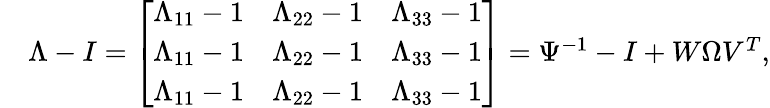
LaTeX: \begin{array}{rl}&{\Lambda-I=\left[\begin{array}{lll}{\Lambda_{11}-1}&{\Lambda_{22}-1}&{\Lambda_{33}-1}\\ {\Lambda_{11}-1}&{\Lambda_{22}-1}&{\Lambda_{33}-1}\\ {\Lambda_{11}-1}&{\Lambda_{22}-1}&{\Lambda_{33}-1}\end{array}\right]=\Psi^{-1}-I+W\Omega V^{T},}\end{array}